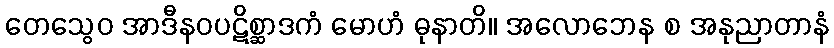
တေသွေဝ အာဒီနဝပဋိစ္ဆာဒကံ မောဟံ ဓုနာတိ။ အလောဘေန စ အနုညာတာနံ